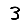
Digit: 3